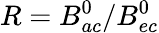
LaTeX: R=B_{ac}^{0}/B_{ec}^{0}